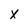
Character: X